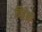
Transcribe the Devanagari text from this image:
त्रिदेवो